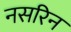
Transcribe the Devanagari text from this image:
नसरिन